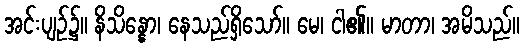
အင်းပျဉ်၌။ နိသိန္နော၊ နေသည်ရှိသော်။ မေ၊ ငါ၏။ မာတာ၊ အမိသည်။